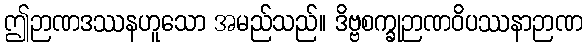
ဤဉာဏဒဿနဟူသော အမည်သည်။ ဒိဗ္ဗစက္ခုဉာဏဝိပဿနာဉာဏ